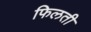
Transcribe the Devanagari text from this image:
फिलती